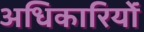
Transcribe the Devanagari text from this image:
अधिकारियोंं